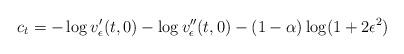
LaTeX: \begin{align*} c_t = - \log v_\epsilon'(t,0) - \log v_\epsilon''(t,0) - (1-\alpha) \log (1 + 2 \epsilon^2)\end{align*}